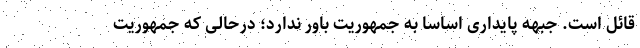
قائل است. جبهه پایداری اساسا به جمهوریت باور ندارد؛ درحالی که جمهوریت